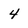
Character: 4